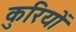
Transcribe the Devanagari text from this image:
कुरियों